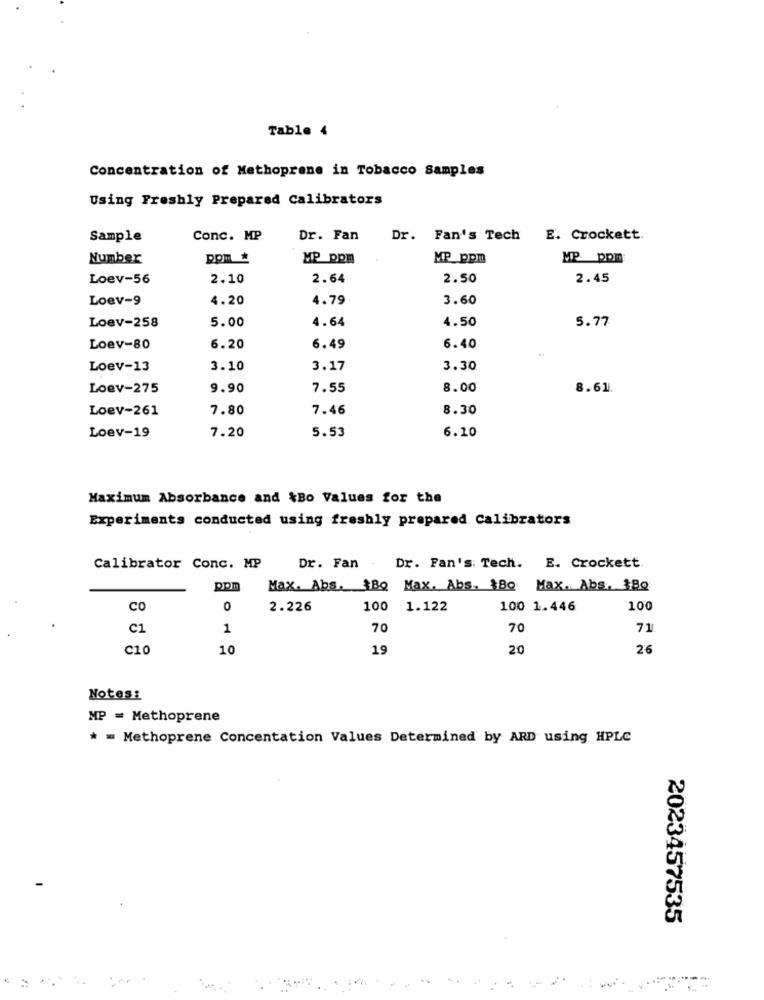
Table 4
Concentration of Methoprene in Tobacco Samples
Using Freshly Prepared Calibrators
Sample
Conc. MP
Dr. Fan
Dr. Fan's Tech E. Crockett.
Number
pom *
MP ppm
MP_ppm
MP ppm
Loev-56
2.10
2.64
2.50
2.45
Loev-9
4.20
4.79
3.60
5.00
4.64
4.50
5.77
Loev-258
Loev-80
6.20
6.49
6.40
Loev-13
3.10
3.17
3.30
Loev-275
9.90
7.55
8.00
8.61
Loev-261
7.80
7.46
8.30
7.20
5.53
6.20
Loev-19
Maximum Absorbance and &Bo Values for the
Experiments conducted using freshly prepared Calibrators
Calibrator Conc. MP
Dr. Fan
Dr. Fan's: Tech. E. Crockett
ppm
Max. Abs, BBQ Max, Abs, Bo Max. Abs, 380
CO
0
2.226
100
1.122
100 1.446
100
C1
1
70
70
71
C10
10
19
20
26
Notes:
MP = Methoprene
* = Methoprene Concentation Values Determined by ARD using HPLC
2023457535